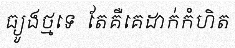
ធ្យូងថ្មទេ  តែគឺគេដាក់កំហិត